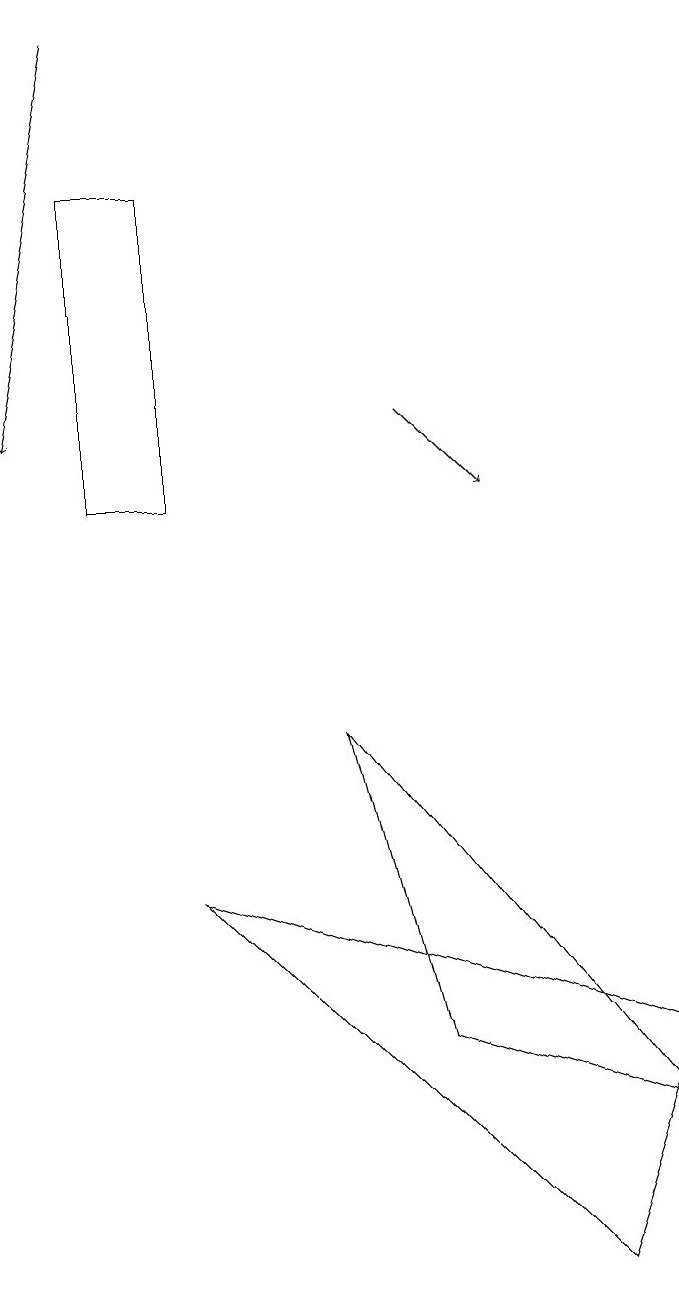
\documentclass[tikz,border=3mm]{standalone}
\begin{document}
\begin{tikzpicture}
\draw (3,15) rectangle (2,11);
\draw (6,4) -- (9,3) -- (5,8) -- cycle;
\draw[->] (2,17) -- (1,12);
\draw[->] (6,12) -- (7,11);
\draw (9,4) -- (8,1) -- (3,6) -- cycle;
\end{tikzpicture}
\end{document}